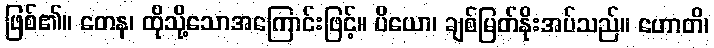
ဖြစ်၏။ တေန၊ ထိုသို့သောအကြောင်းဖြင့်။ ပိယော၊ ချစ်မြတ်နိုးအပ်သည်။ ဟောတိ၊